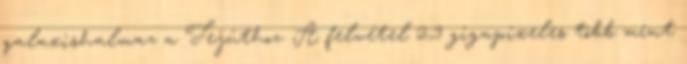
galaxishalmaz a Tejúthoz. A felvétel 2,3 gigapixeles több mint